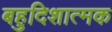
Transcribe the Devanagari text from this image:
बहुदिशात्मक